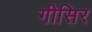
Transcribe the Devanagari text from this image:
गीसिर